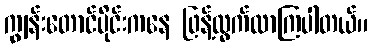
ကျွန်းတောင်ပိုင်းကနေ ဖြန့်ထွက်လာကြပါတယ်။